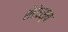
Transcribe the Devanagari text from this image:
शेरेऽस्य